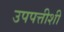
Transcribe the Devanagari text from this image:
उपपत्तीशी